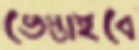
ভেস্তাইবে